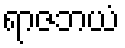
ရာဇဘယံ